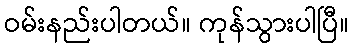
ဝမ်းနည်းပါတယ်။ ကုန်သွားပါပြီ။